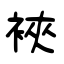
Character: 裌